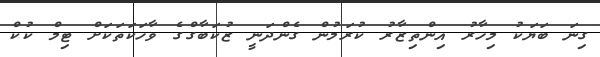
ގިނަ ބަޔަކު މިހާރު އިންތިޒާރު ކުރަމުން ގެންދަނީ ޒުކަބާގްގެ ވާހަކަތަކަށް ޓިމް ކުކް